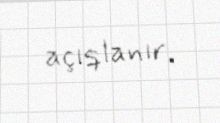
açıqlanır.